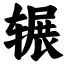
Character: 辗